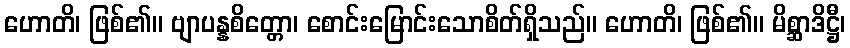
ဟောတိ၊ ဖြစ်၏။ ဗျာပန္နစိတ္တော၊ စောင်းမြောင်းသောစိတ်ရှိသည်။ ဟောတိ၊ ဖြစ်၏။ မိစ္ဆာဒိဋ္ဌီ၊